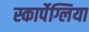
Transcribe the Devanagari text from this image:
स्कार्पेग्लिया